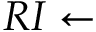
R I \gets